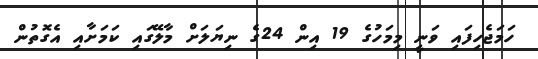
ހަމަޖެހިފައި ވަނީ މިމަހުގެ 19 އިން 24ގެ ނިޔަލަށް މާލޭގައި ކަމަށާއި އެގޮތުން